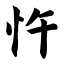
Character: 忤